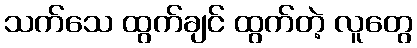
သက်သေ ထွက်ချင် ထွက်တဲ့ လူတွေ